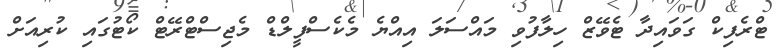
ޓްރެފިކް ގަވައިދާ ޓެވޭޒް ހިލާފުވި މައްސަލަ އިއްޔެ މެކެސްފީލްޑް މެޖިސްޓްރޭޓް ކޯޓުގައި ކުރިއަށް